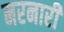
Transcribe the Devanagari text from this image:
नरनारीं